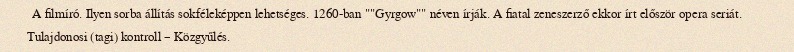
A filmíró. Ilyen sorba állítás sokféleképpen lehetséges. 1260-ban ""Gyrgow"" néven írják. A fiatal zeneszerző ekkor írt először opera seriát. Tulajdonosi (tagi) kontroll – Közgyűlés.